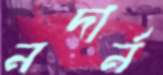
নদার্ন